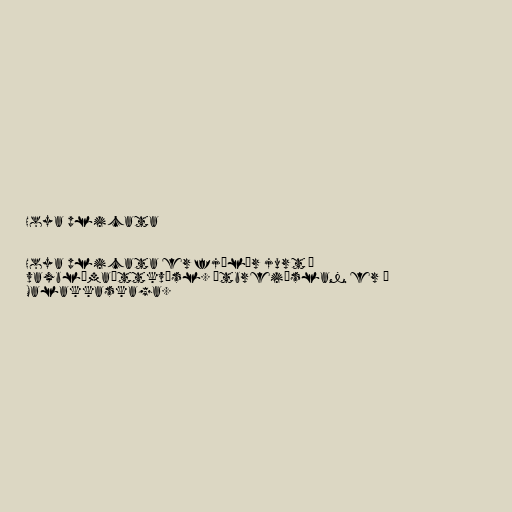
Hoya plicata

Hoya plicata er fjölær jurt í
vaxblómaættkvísl. Útbreiðslan er á
Malakkaskaga.